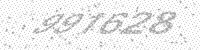
Solution: 997628